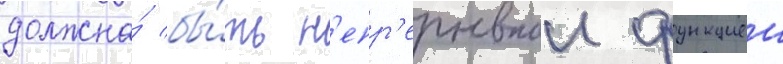
должна́ бы́ть н'епр'ерывнои функциеи